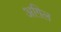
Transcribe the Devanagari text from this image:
अग़िल